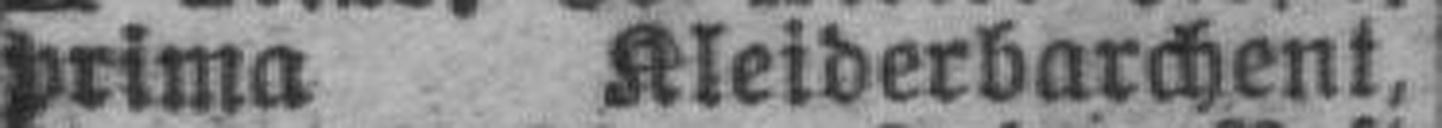
prima Kleiderbarchent,